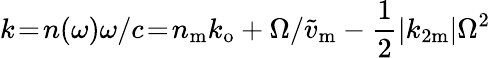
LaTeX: k\! =\! n(\omega)\omega/c\! =\! n_{\mathrm{m}}k_{\mathrm{o}}+\Omega/\widetilde{v}_{\mathrm{m}}-\frac{1}{2}|k_{2\mathrm{m}}|\Omega^{2}